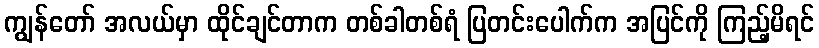
ကျွန်တော် အလယ်မှာ ထိုင်ချင်တာက တစ်ခါတစ်ရံ ပြတင်းပေါက်က အပြင်ကို ကြည့်မိရင်